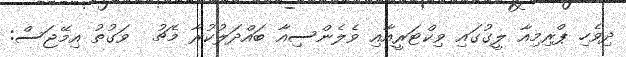
ދިވެހި ޕްރިމިއާ ލީގުގައި ވިކްޓަރީއާއި ވެލެންސިއާ ބައްދަލުކުރާ މެޗު  ވަގުތު އިމޭޖަސް: